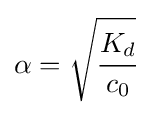
\alpha ={\sqrt {\cfrac {K_{d}}{c_{0}}}}